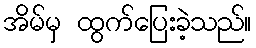
အိမ်မှ ထွက်ပြေးခဲ့သည်။